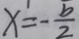
x = - \frac { b } { 2 }